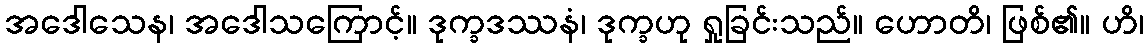
အဒေါသေန၊ အဒေါသကြောင့်။ ဒုက္ခဒဿနံ၊ ဒုက္ခဟု ရှုခြင်းသည်။ ဟောတိ၊ ဖြစ်၏။ ဟိ၊